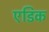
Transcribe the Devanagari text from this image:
एडिक